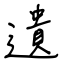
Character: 遺